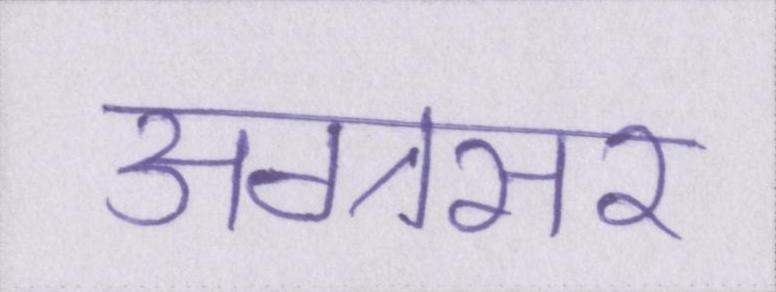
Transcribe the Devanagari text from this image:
अग्रसर